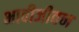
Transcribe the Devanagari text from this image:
भावीजीवन